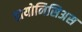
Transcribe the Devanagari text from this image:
डायोनिसिअस